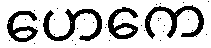
ဟေကေ